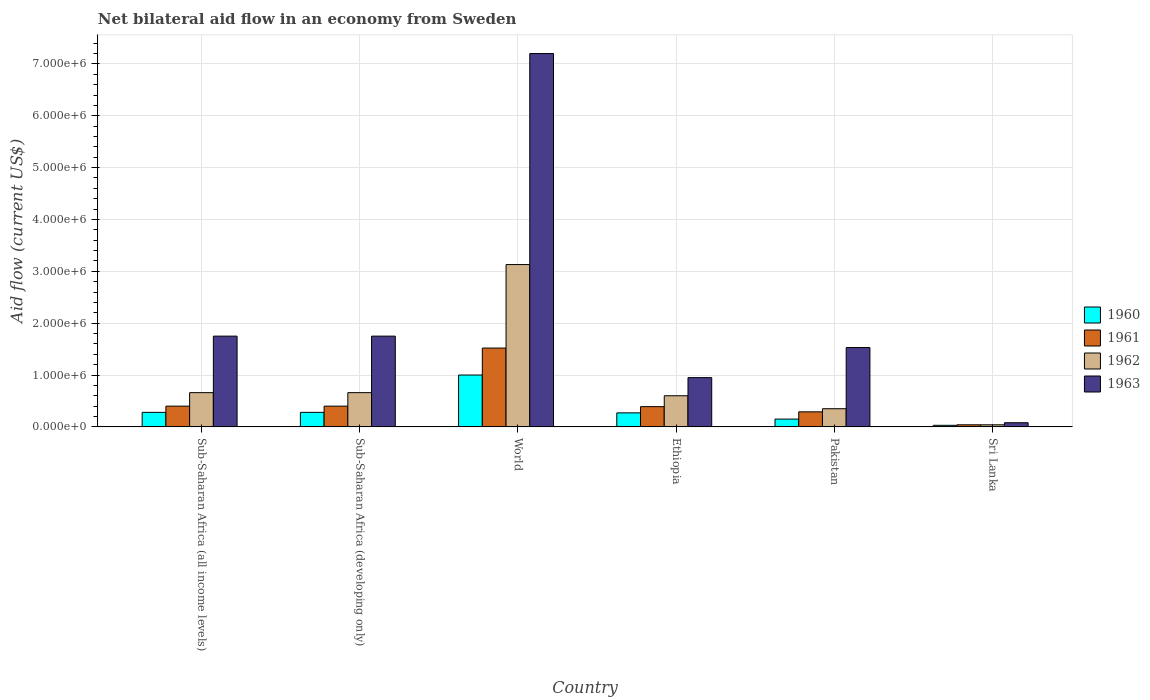
| Country | 1960 | 1961 | 1962 | 1963 |
 | --- | --- | --- | --- | --- |
 | Sub-Saharan Africa (all income levels) | 2.8e+05 | 4e+05 | 6.6e+05 | 1.75e+06 |
 | Sub-Saharan Africa (developing only) | 2.8e+05 | 4e+05 | 6.6e+05 | 1.75e+06 |
 | World | 1e+06 | 1.52e+06 | 3.13e+06 | 7.2e+06 |
 | Ethiopia | 2.7e+05 | 3.9e+05 | 6e+05 | 9.5e+05 |
 | Pakistan | 1.5e+05 | 2.9e+05 | 3.5e+05 | 1.53e+06 |
 | Sri Lanka | 3e+04 | 4e+04 | 4e+04 | 8e+04 |